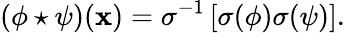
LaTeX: (\phi\star\psi)(\mathbf{x})=\sigma^{-1}\left[\sigma(\phi)\sigma(\psi)\right].